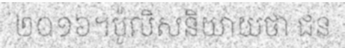
២០១៦។ប៉ូលិសនិយាយថា ជន